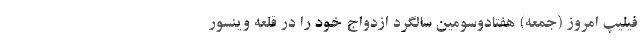
فیلیپ امروز (جمعه) هفتادوسومین سالگرد ازدواج خود را در قلعه وینسور